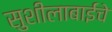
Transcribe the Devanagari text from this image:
सुशीलाबाईंचे